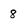
Character: 8